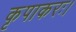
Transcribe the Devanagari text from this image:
कृपाकरः।